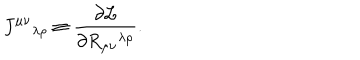
J ^ { \mu \nu } { } _ { \lambda \rho } \equiv { \frac { \partial { \cal L } } { \partial R _ { \mu \nu } { } ^ { \lambda \rho } } } .